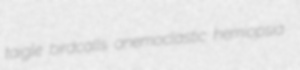
taigle birdcalls anemoclastic hemiopsia